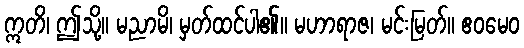
ဣတိ၊ ဤသို့။ မညာမိ၊ မှတ်ထင်ပါ၏။ မဟာရာဇ၊ မင်းမြတ်။ ဧဝမေဝ